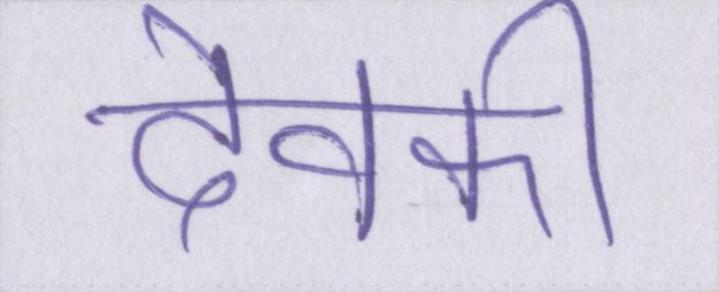
देवकी